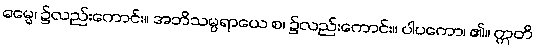
ဓမ္မေ၊ ၌လည်းကောင်း။ အဘိသမ္ပရာယေ စ၊ ၌လည်းကောင်း။ ပါပကော၊ ၏။ ဣတိ